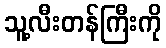
သူ့လီးတန်ကြီးကို